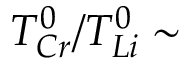
T _ { C r } ^ { 0 } / T _ { L i } ^ { 0 } \sim